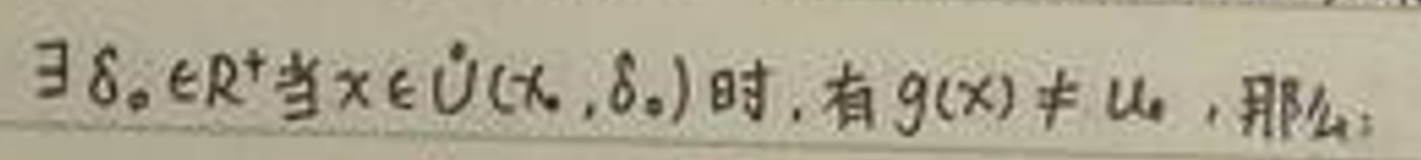
$\exists\delta_0\in\mathbb{R}^+$当$x\in\mathring{U}(x_0,\delta_0)$时, 有$g(x)\neq u_0, $那么: